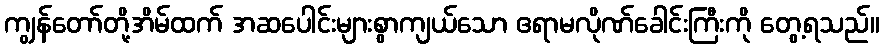
ကျွန်တော်တို့အိမ်ထက် အဆပေါင်းများစွာကျယ်သော ဧရာမလိုဏ်ခေါင်းကြီးကို တွေ့ရသည်။